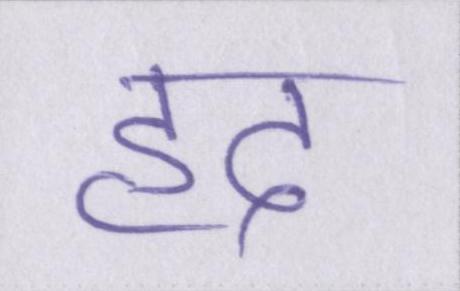
हद